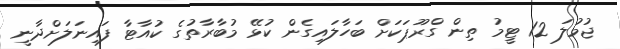
ޖުމުލަ 12 ޓީމު ތިން ގްރޫޕަކަށް ބަހާލައިގެން ކުޅޭ މުބާރާތުގެ ކުއާޓާ ފައިނަލަށްދާނީ